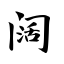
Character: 阔